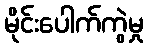
မိုင်းပေါက်ကွဲမှု